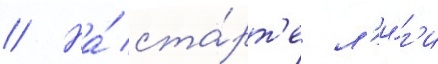
// На́ ста́рт'е л'и́г'и